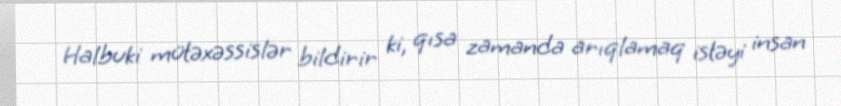
Halbuki mütəxəssislər bildirir ki, qısa zamanda arıqlamaq istəyi insan